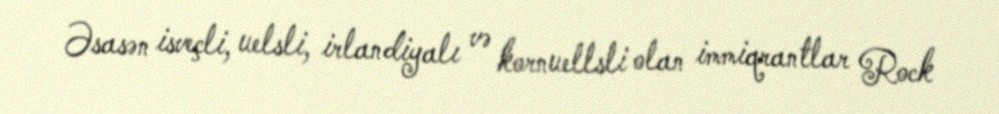
Əsasən isveçli, uelsli, irlandiyalı və kornuellsli olan immiqrantlar Rock